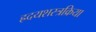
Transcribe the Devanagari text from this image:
ह्रदयशस्त्रक्रिया